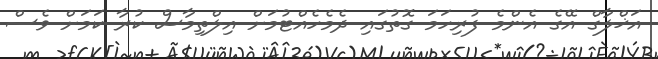
އަޚްލާގް އޭގެ އެންމެ ފުރިހަމަ ގޮތުގައި ދެމެހެއްޓުމަށް އިލްތިމާސް ކުރާ ކަމަށް ވެސް